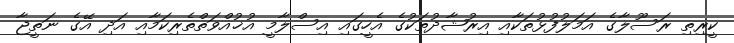
ކީރިތި ރަސޫލާގެ އަމަލުފުޅުތަކާއި އިރުޝާދުތަކުގެ އެހީގައި އިސްލާމީ އުޚުއްވަތްތެރިކަމާއި އަދި އޭގެ ނަތީޖާ